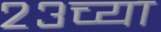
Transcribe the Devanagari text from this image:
२३च्या